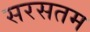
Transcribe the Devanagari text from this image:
सरसतम